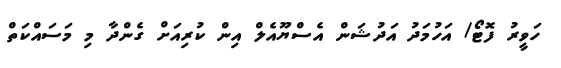
ހަވީރު ފޮޓޯ/ އަހުމަދު އަދުޝަން އެސްޔޫއެލް އިން ކުރިއަށް ގެންދާ މި މަސައްކަތް